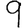
Digit: 9